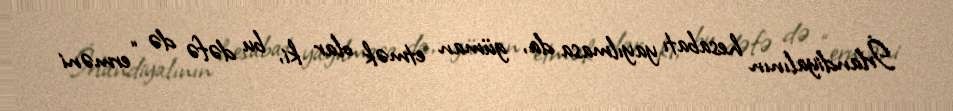
İrlandiyalının hesabatı yayılmasa da, güman etmək olar ki, bu dəfə də “erməni